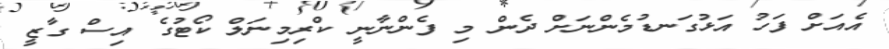
އެއަށް ފަހު އަޅުގަނޑުމެންނަށް ދެން މި ފެންނާނީ ކްރިމިނަލް ކޯޓުގެ އިސް ގާޒީ